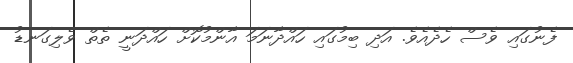
ފެނުގައި ވެސް ހެދެއެވެ. އަދި ބިމުގައި ހައްދާނަމަ އާންމުކޮށް ހައްދަނީ ތެތް ވެލިގަނޑު